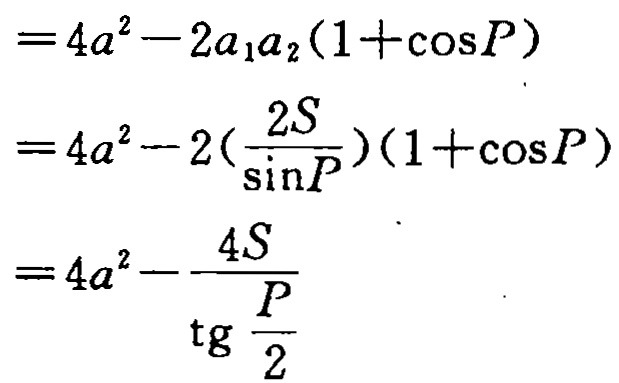
\[
\begin{align*}
&=4a^{2}-2a_{1}a_{2}(1 + \cos P)\\
&=4a^{2}-2(\frac{2S}{\sin P})(1 + \cos P)\\
&=4a^{2}-\frac{4S}{\tg\frac{P}{2}}
\end{align*}
\]